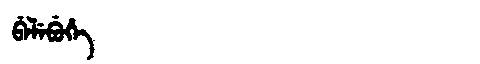
Manchu: ᠪᡝᠯᡝᠪᡠᡥᡝ
Romanization: BELEBUHE